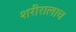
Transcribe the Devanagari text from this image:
शरीरालाच